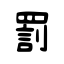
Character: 罰